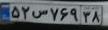
۵۲س۷۶۹۳۸